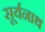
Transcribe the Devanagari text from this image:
सूर्यनाथ